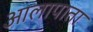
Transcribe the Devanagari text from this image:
आलापाता